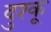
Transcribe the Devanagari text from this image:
दुश्कू